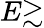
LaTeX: E{\gtrsim}